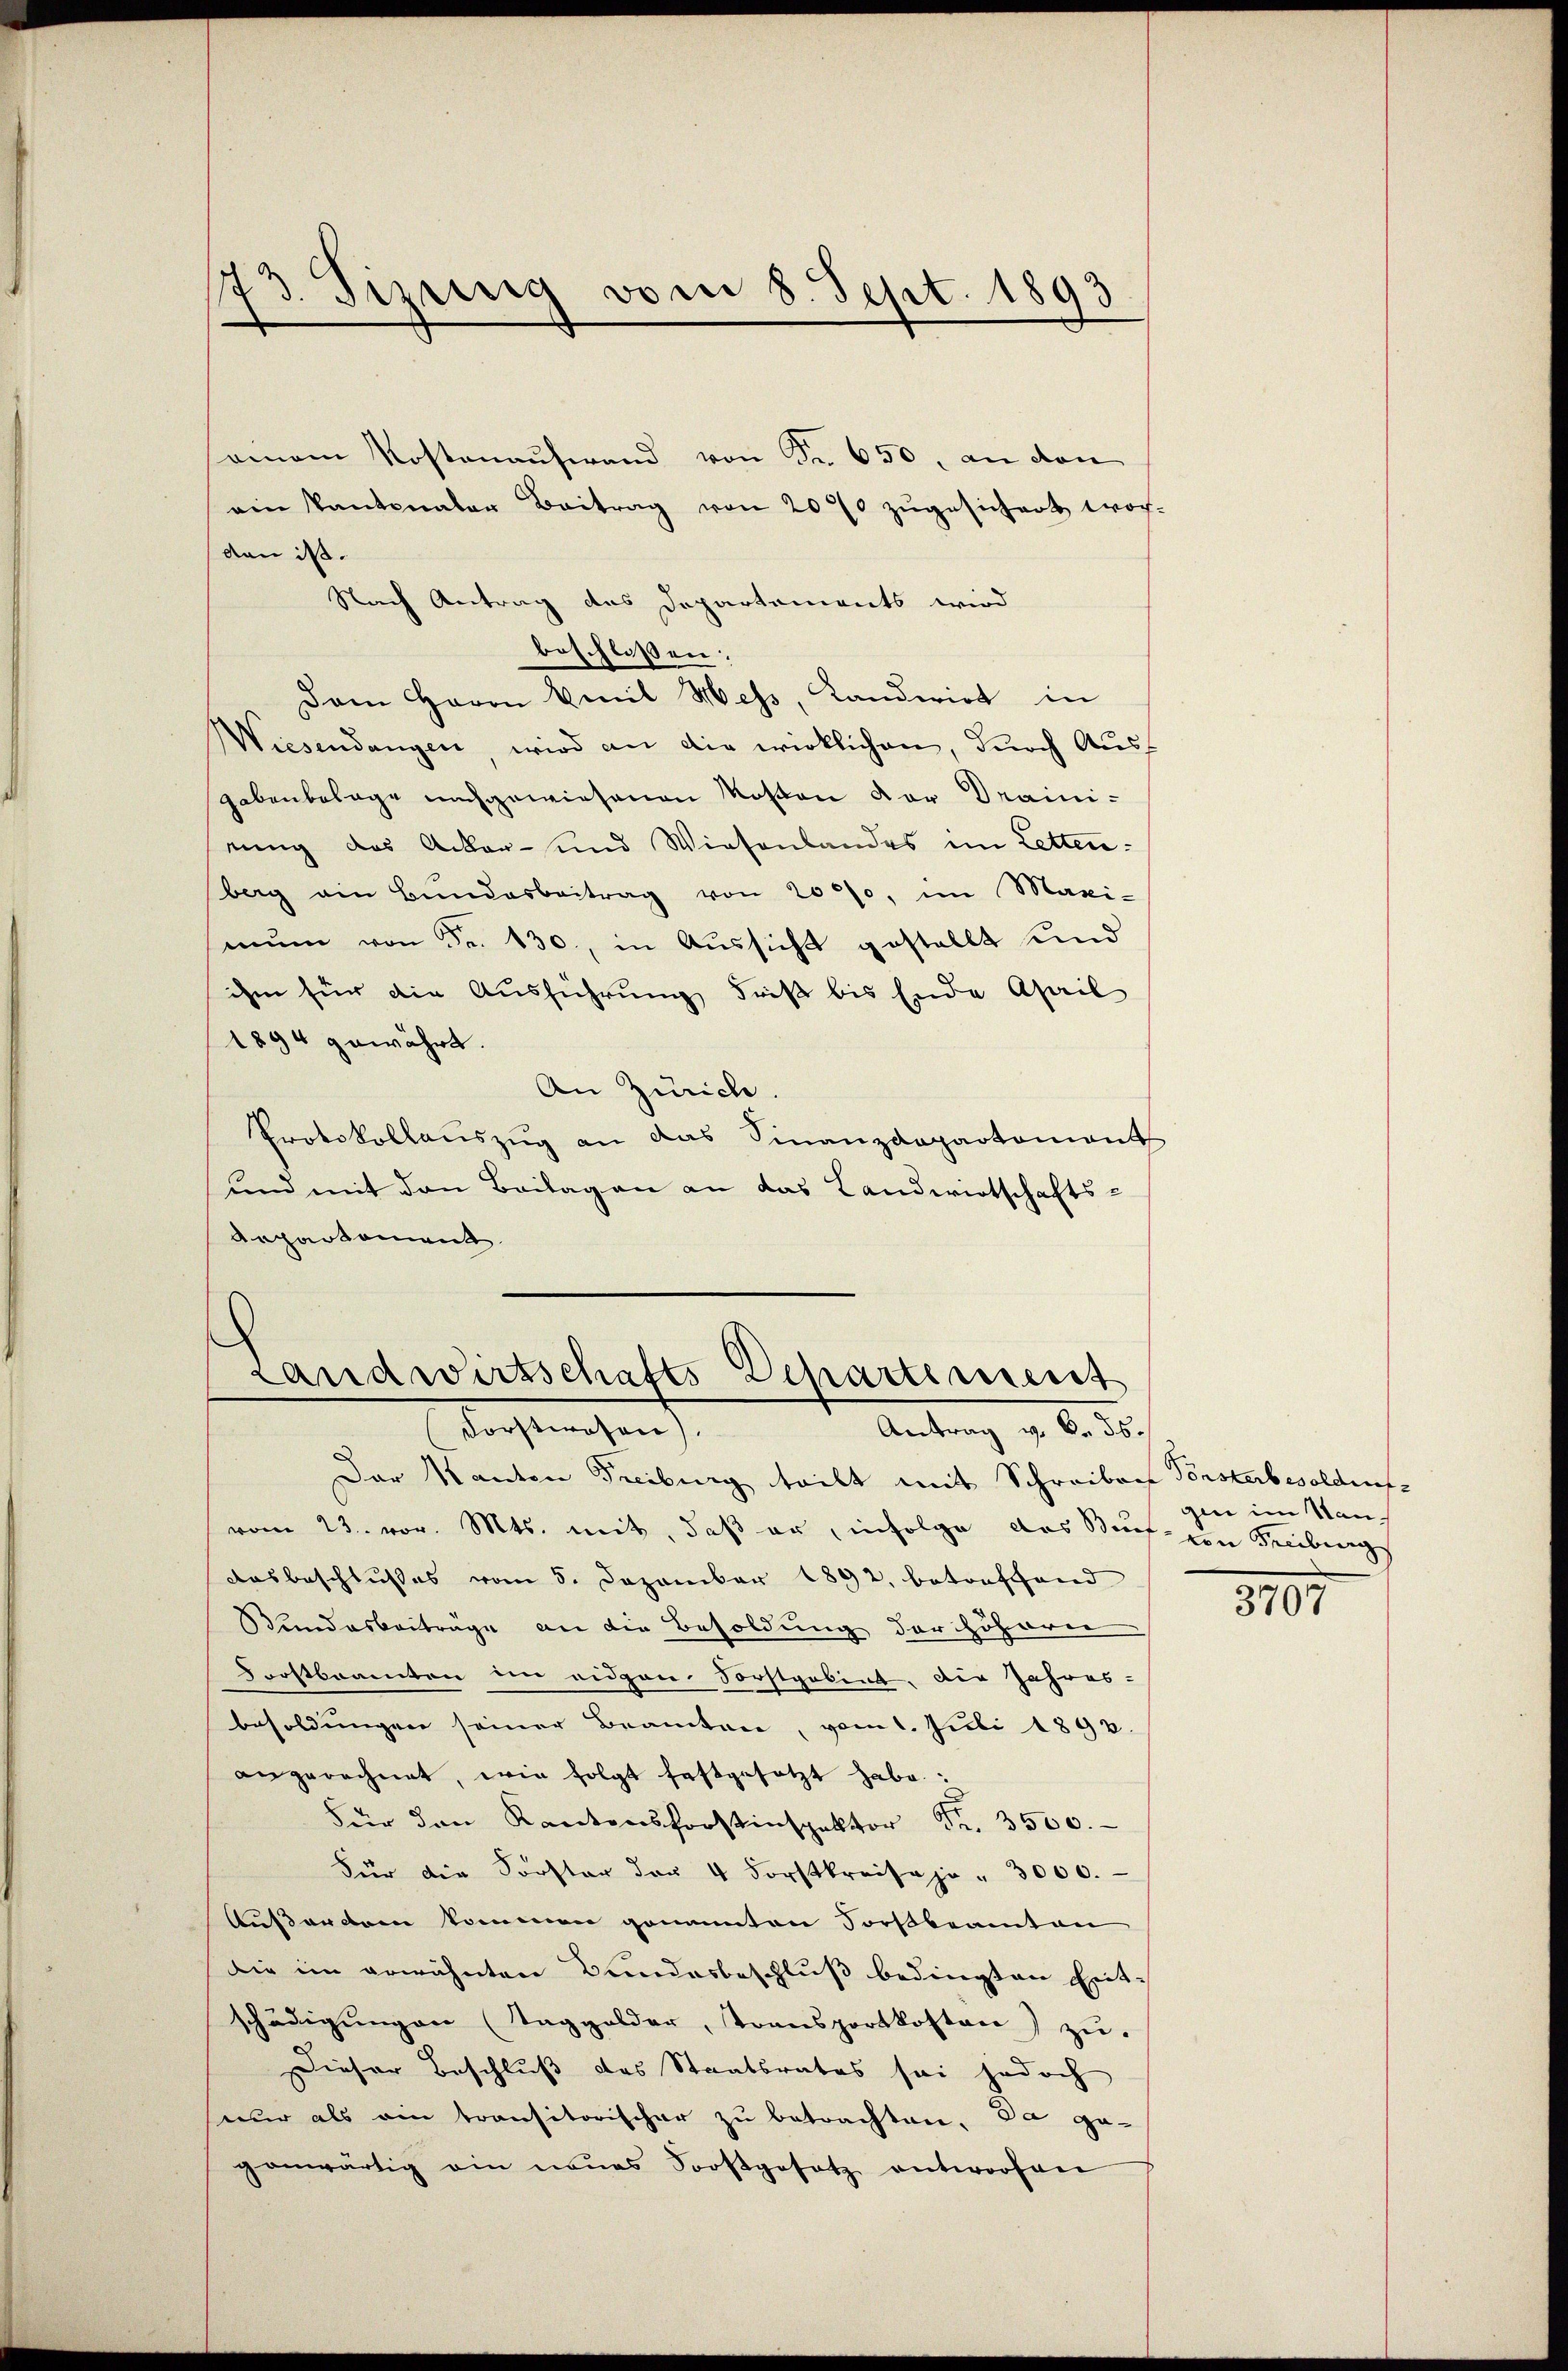
seinem Kostenaufwand von Fr. 650, an den
ein Kantonaler Beitrag von 2000 zŭgesichert wor-
den ist.
Nach Antrag des Departements wird
beschlossen:
Dam Herrn Emil Hess, Kandwirt in
Wiesendangen, wird an die wirklichen, durch Ausf
gebenbelage nachgewiesenen Motion der Drainirung das Acker- und Wiesenlandes im Lettenberg am Bundesbeitrag von 2000, im Maxi-
mŭm von Fr. 430, in Aŭssicht gestellt und
ihm für die Ausführung driß bis Ende April
1894 gewährt.
An Zürich.
Protokollauszug an das Finanzdepartement
und mit den Beilagen an das Landwirtschafts-
Repartement

73. Sizung vom 8. Sept. 1893

Landwirtschafts Departement
Forstwesen).
Antrag v. 6. 36.

Der Kanton Freiburg teilt mit Schreiben Vorsterbesoldung
vom 23. vor. Mts. mit, daß er, infolge das Buchen Freibung
Ausbeschlußes vom 5. Dezember 1892. betreffend
Bundesbeiträge an die Besoldung der Höheren
Forstbeamten im eidgen. Sorstgabent, die Jahres-
besoldungen seiner Beamten, vom 1. Juli 1892.
angerechnet, wie folgt festgesetzt habe:
Für den Kantonsforstinspektor Fr. 3500.
Für die Forster der 4 Forstkreisaja - 3000.
Außerden kommen genannten Forstbeamten
die im erwähnten Bundesbeschluß bedingten Entschädigŭngen (Taggelder, Transportkosten) zŭ.
Dieser Beschluß des Staatsrates sei jedoch
eur als ein transitorischer zu betrachten. Da ge-
genwärtig ein neues Soostgesetz antworfen

gin im San¬

5107